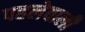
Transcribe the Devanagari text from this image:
पहलेवाली